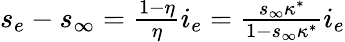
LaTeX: \begin{array}{r}{s_{e}-s_{\infty}=\frac{1-\eta}{\eta}i_{e}=\frac{s_{\infty}\kappa^{*}}{1-s_{\infty}\kappa^{*}}i_{e}}\end{array}